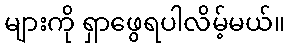
များကို ရှာဖွေရပါလိမ့်မယ်။